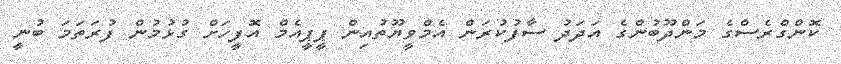
ކޮންގްރެސްގެ މަންދޫބުންގެ އަދަދު ސާފުކުރަން އެމްވީޔޫތުއިން ޕީޕީއެމް އޮފީހަށް ގުޅުމުން ފުރަތަމަ ބުނީ